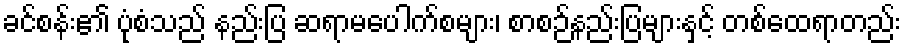
ခင်စန်း၏ ပုံစံသည် နည်းပြ ဆရာမပေါက်စများ၊ စာစဉ်နည်းပြများနှင့် တစ်ထေရာတည်း